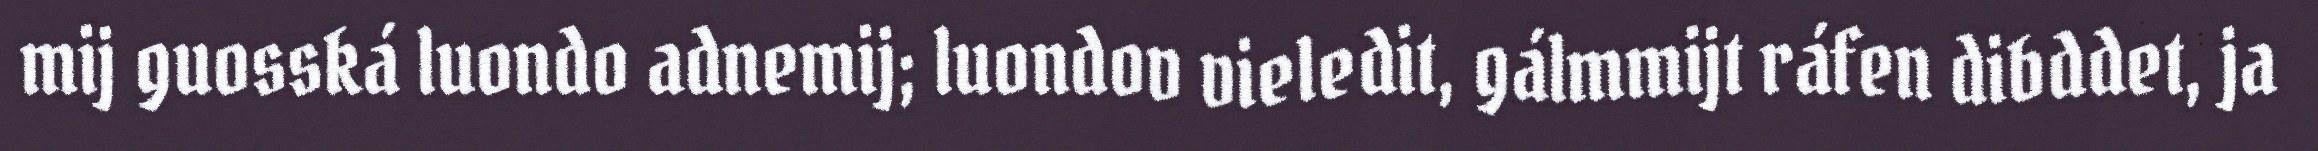
mij guosská luondo adnemij; luondov vieledit, gálmmijt ráfen dibddet, ja